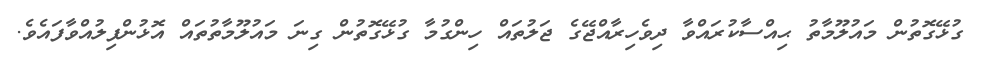
ގުޅޭގޮތުން މައުލޫމާތު ޙިއްސާކުރައްވާ ދިވެހިރާއްޖޭގެ ޖަލުތައް ހިންގުމާ ގުޅޭގޮތުން ގިނަ މައުލޫމާތުތައް އޮޅުންފިލުއްވާފައެވެ.